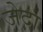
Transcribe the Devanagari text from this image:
जेदा